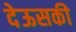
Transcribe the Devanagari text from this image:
देऊसकी